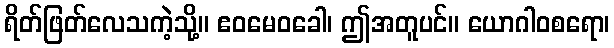
ရိတ်ဖြတ်လေသကဲ့သို့။ ဧဝမေဝခေါ၊ ဤအတူပင်။ ယောဂါဝစရော၊